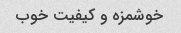
خوشمزه و کیفیت خوب